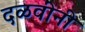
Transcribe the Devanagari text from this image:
दळवींनी